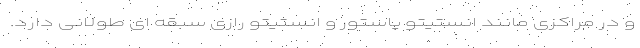
و در مراکزی مانند انستیتو پاستور و انستیتو رازی سبقه ای طولانی دارد.